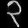
Digit: ၃